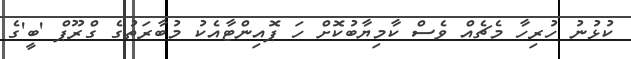
ކުޅުނު ހުރިހާ މެޗެއް ވެސް ކާމިޔާބުކޮށް ހަ ޕޮއިންޓާއެކު މުބާރަތުގެ ގްރޫޕް 'ބީ'ގެ